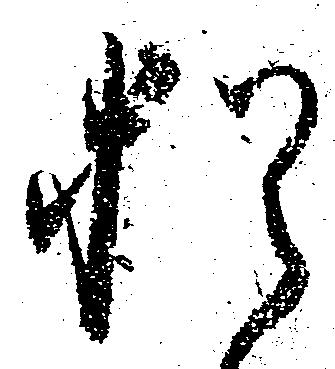
猶